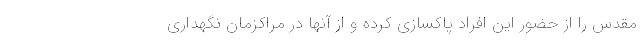
مقدس را از حضور این افراد پاکسازی کرده و از آنها در مراکزمان نگهداری